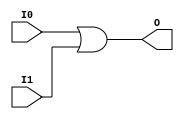
module X_OR2 (O, I0, I1);

  output O;
  input I0, I1;

  or (O, I0, I1);

  specify

	(I0 => O) = (0:0:0, 0:0:0);
	(I1 => O) = (0:0:0, 0:0:0);

	specparam PATHPULSE$ = 0;

  endspecify

endmodule